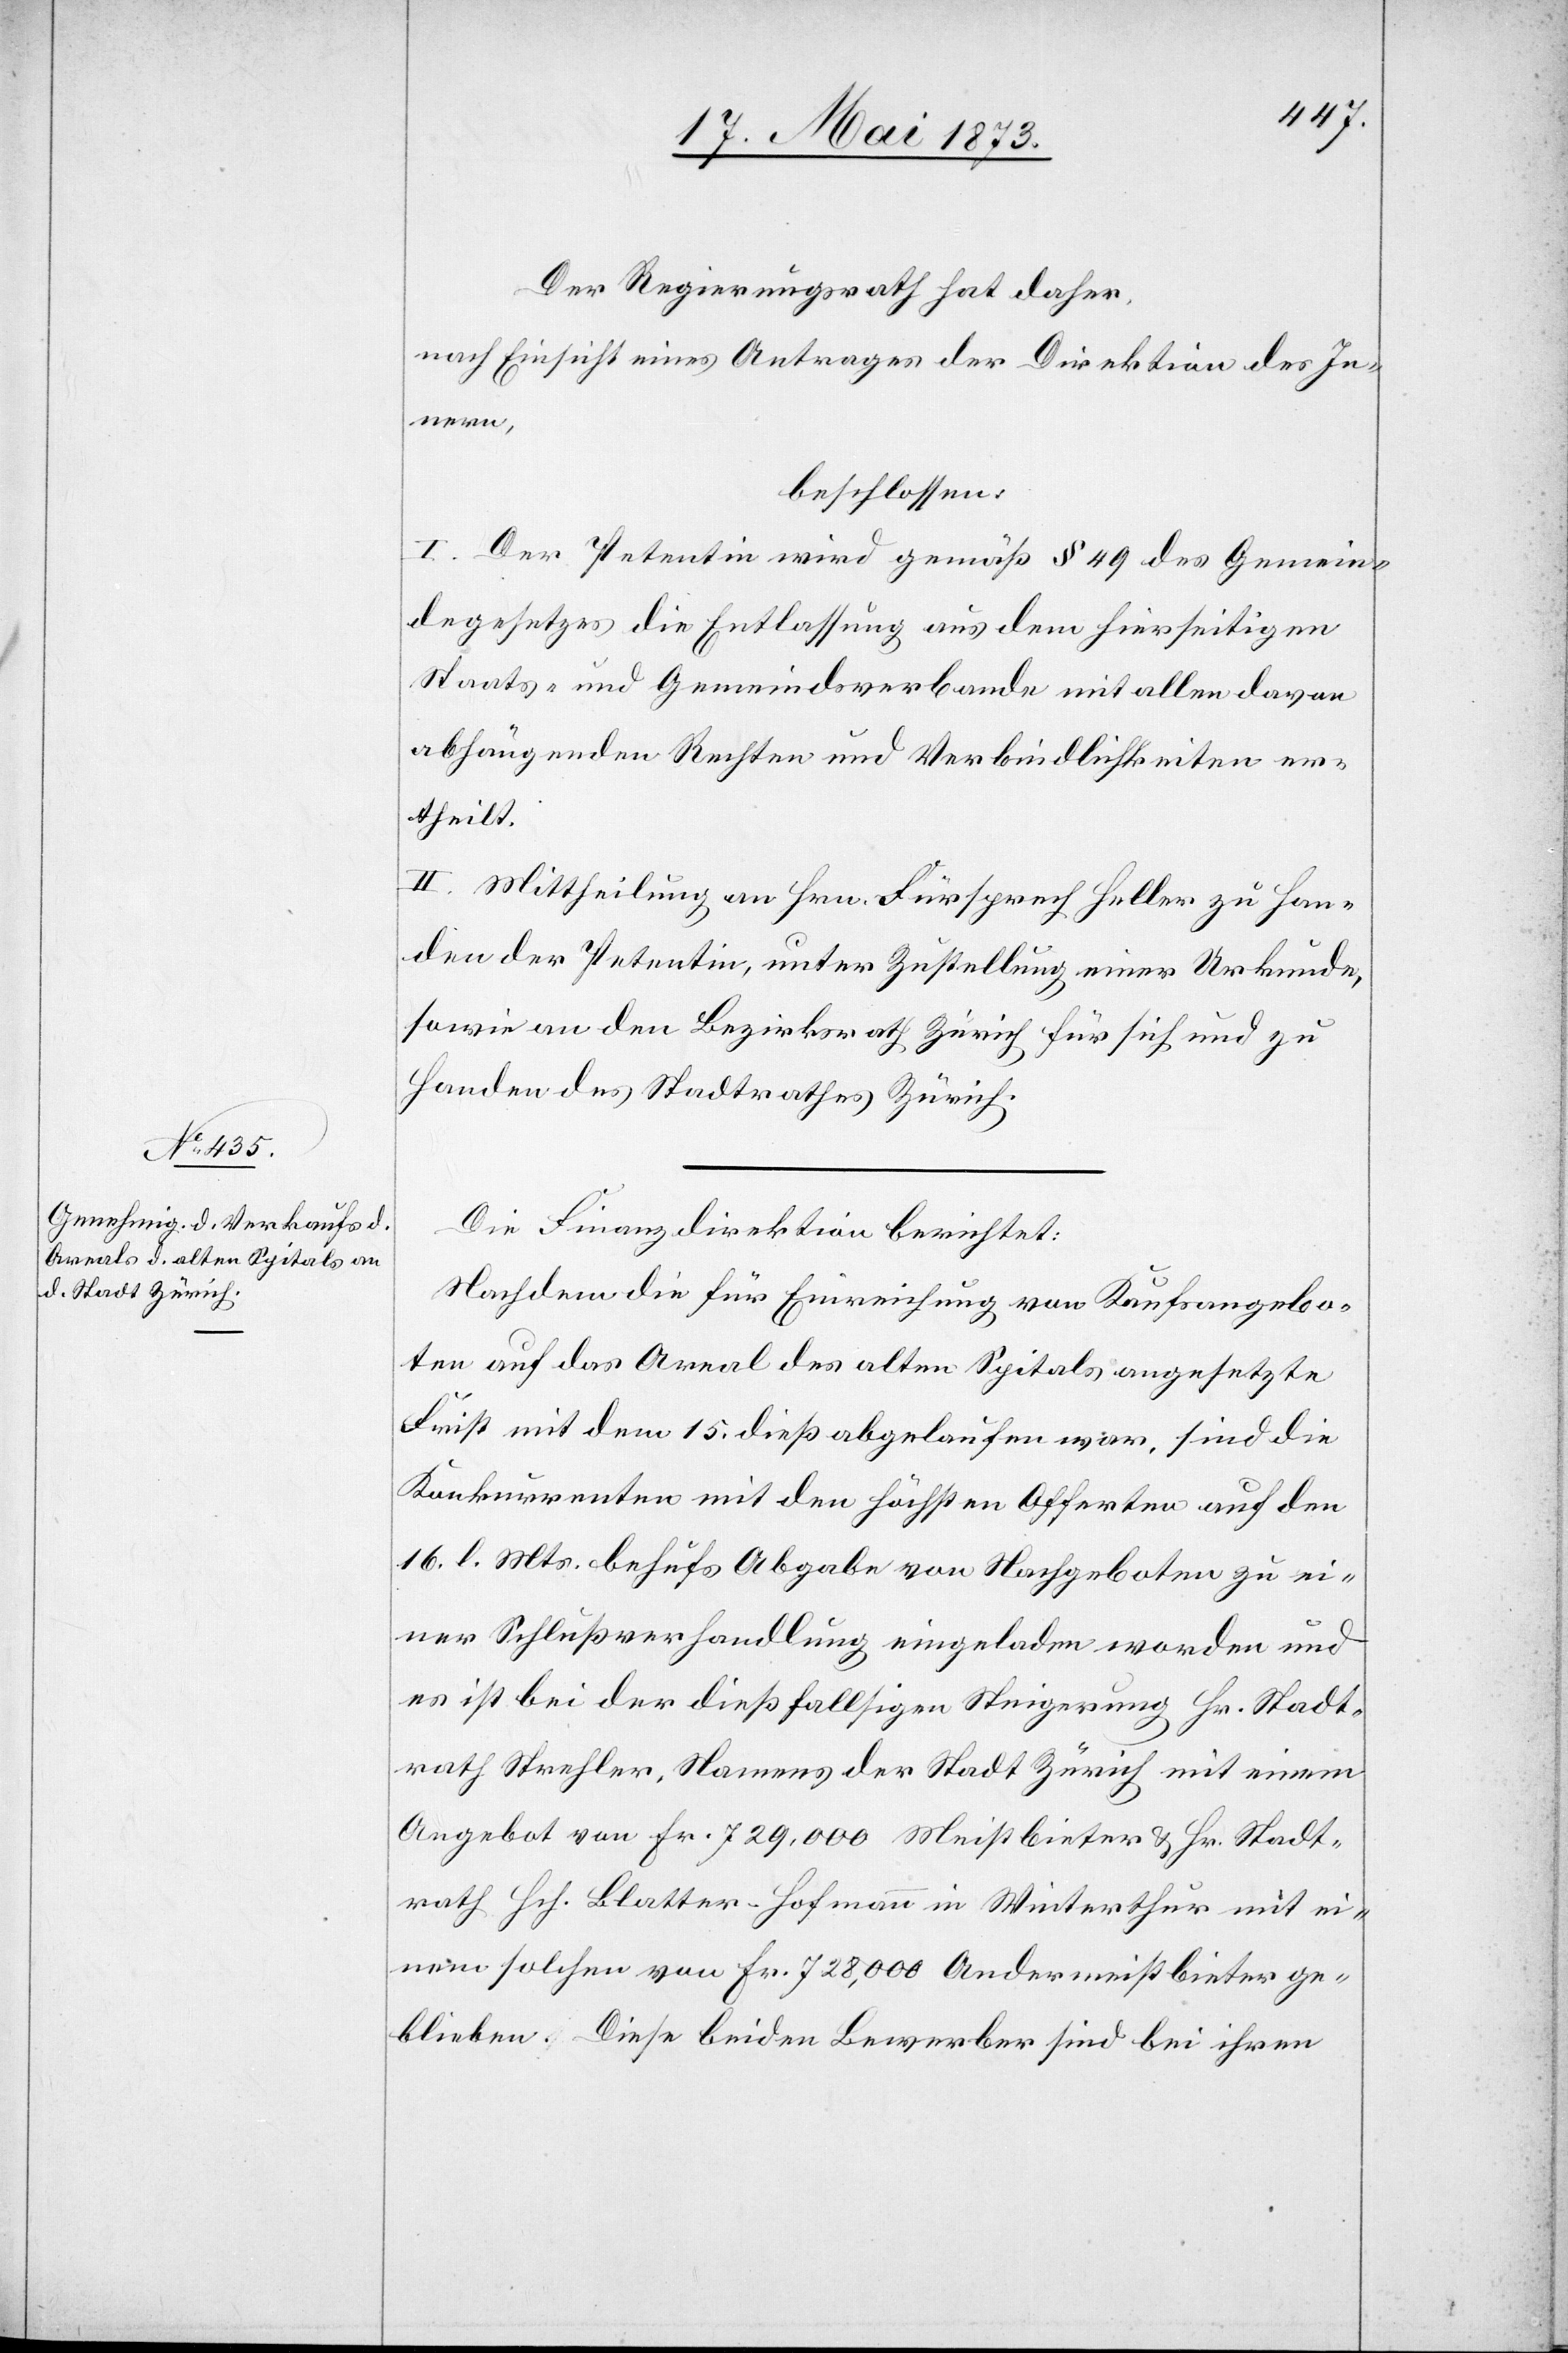
Der Regierungsrath hat daher,
nach Einsicht eines Antrages der Direktion des In¬
nern,
beschlossen:
I. Der Petentin wird gemäß § 49 des Gemein¬
degesetzes die Entlassung aus dem hierseitigen
Staats- und Gemeindsverbande mit allen davon
abhängenden Rechten und Verbindlichkeiten er¬
theilt.
II. Mittheilung an Hrn. Fürsprech Heller zu Han¬
den der Petentin, unter Zustellung einer Urkunde,
sowie an den Bezirksrath Zürich für sich und zu
Handen des Stadtrathes Zürich.
Die Finanzdirektion berichtet:
Nachdem die für Einreichung von Kaufsangebo¬
ten auf das Areal des alten Spitals angesetzte
Frist mit dem 15. dieß abgelaufen war, sind die
Konkurrenten mit den höchsten Offerten auf den
16. l. Mts. behufs Abgabe von Nachgeboten zu ei¬
ner Schlußverhandlung eingeladen worden und
es ist bei der dießfallsigen Steigerung Hr. Stadt¬
rath Strehler, Namens der Stadt Zürich mit einem
Angebot von Fr. 729,000 Meistbieter & Hr. Stadt¬
rath Hch. Blatter-Hofmann in Winterthur mit ei¬
nem solchen von Fr. 728,000 Andermeistbieter ge¬
blieben. Diese beiden Bewerber sind bei ihren